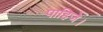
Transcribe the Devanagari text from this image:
पाहिजे।